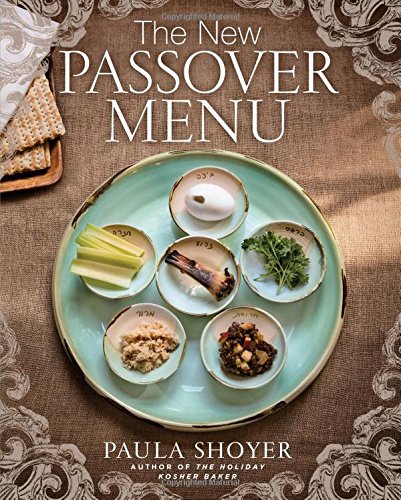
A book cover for The New Passover Menu; Paula Shoyer; Cookbooks, Food & Wine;